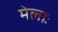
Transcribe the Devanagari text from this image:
मेलाः